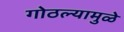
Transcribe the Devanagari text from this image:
गोठल्यामुळे